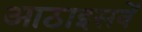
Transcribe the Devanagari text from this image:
आठाइसवें